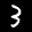
Label: 3